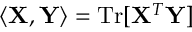
\langle { \bf X } , { \bf Y } \rangle = \mathrm { T r } [ { \bf X } ^ { T } { \bf Y } ]